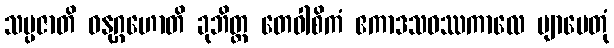
သပ္ပဇာတိ ဓနုဂ္ဂဟောတိ ခုဘိတ္ထ တေဝါစိကံ ဧကာဒသဝဿကာလေ ဗျာပေတုံ